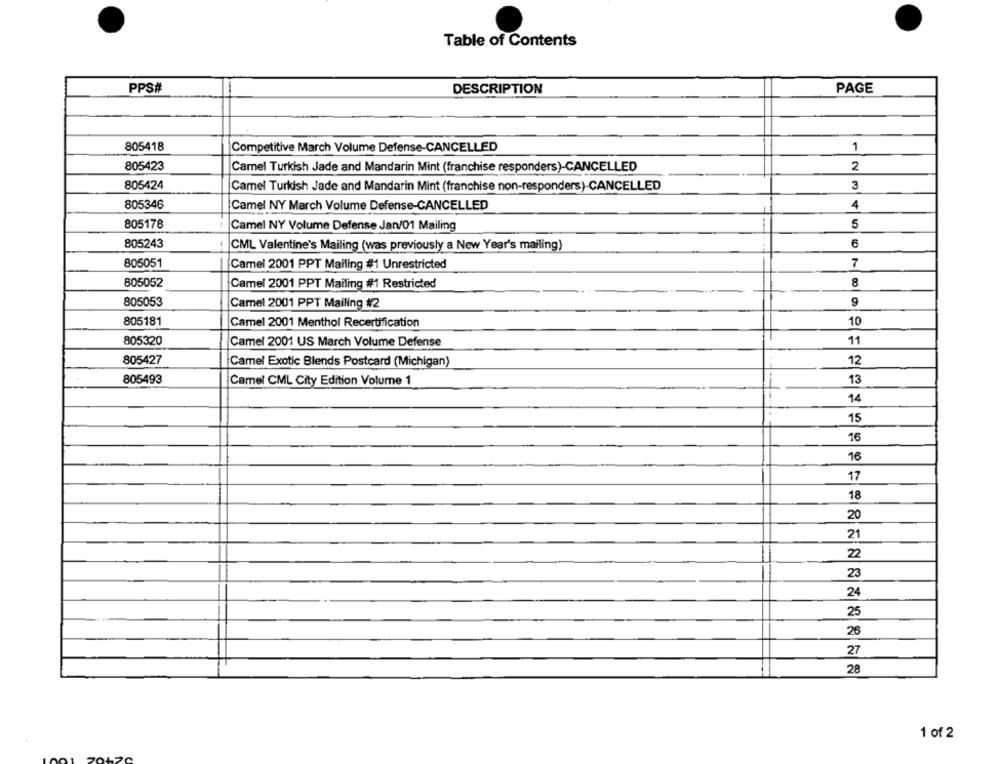
Table of Contents
PPS#
DESCRIPTION
PAGE
805418
1
Competitive March Volume Defense-CANCELLED
805423
Camel Turkish Jade and Mandarin Mint (franchise responders)-CANCELLED
2
805424
Camel Turkish Jade and Mandarin Mint (franchise non-responders)-CANCELLED
3
805346
Camel NY March Volume Defense-CANCELLED
4
805178
Camel NY Volume Defense Jan/01 Mailing
5
805243
6
CML Valentine's Mailing (was previously a New Year's mailing)
805051
Camel 2001 PPT Mailing #1 Unrestricted
7
8
805052
Camel 2001 PPT Mailing #1 Restricted
805053
Camel 2001 PPT Mailing #2
9
805181
10
Camel 2001 Menthol Recertification
805320
Camel 2001 US March Volume Defense
11
12
805427
Camel Exotic Blends Postcard (Michigan)
805493
Camel CML City Edition Volume 1
13
14
15
16
16
17
18
20
21
22
23
24
25
26
27
28
1 of 2